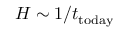
H \sim 1 / t _ { \mathrm { t o d a y } }